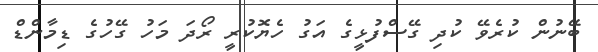
ބޭނުން ކުރެވޭ ކުދި ގޭސްފުޅީގެ އަގު ހެޔޮކުރީ ރޯދަ މަހު ގޭހުގެ ޑިމާންޑް